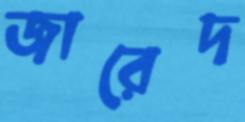
জারেদ